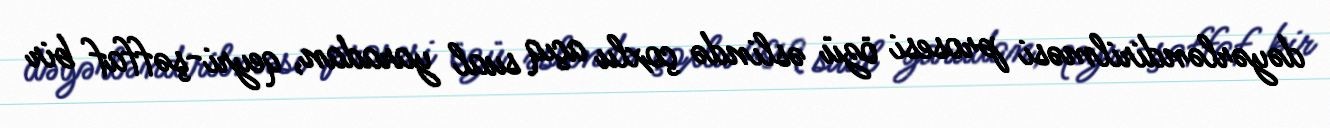
dəyərləndirilməsi prosesi özü əslində çoxlu açıq sual yaradan, qeyri-şəffaf bir